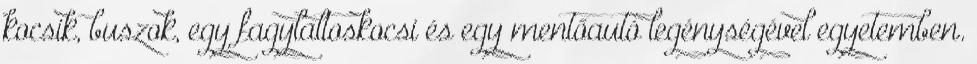
kocsik, buszok, egy fagylaltoskocsi és egy mentőautó legénységével egyetemben.